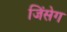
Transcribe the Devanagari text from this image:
जिंसेग